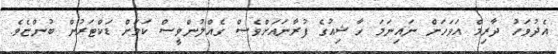
އެދުވަހު ދާރިމް އަވަހަށް ނައިނަމަ ހާޝިއުގެ ފުރާނައަށްވެސް ގެއްލުންވީސް ކަމަށް ޑަކްޓަރުން ބުންޏެވެ.